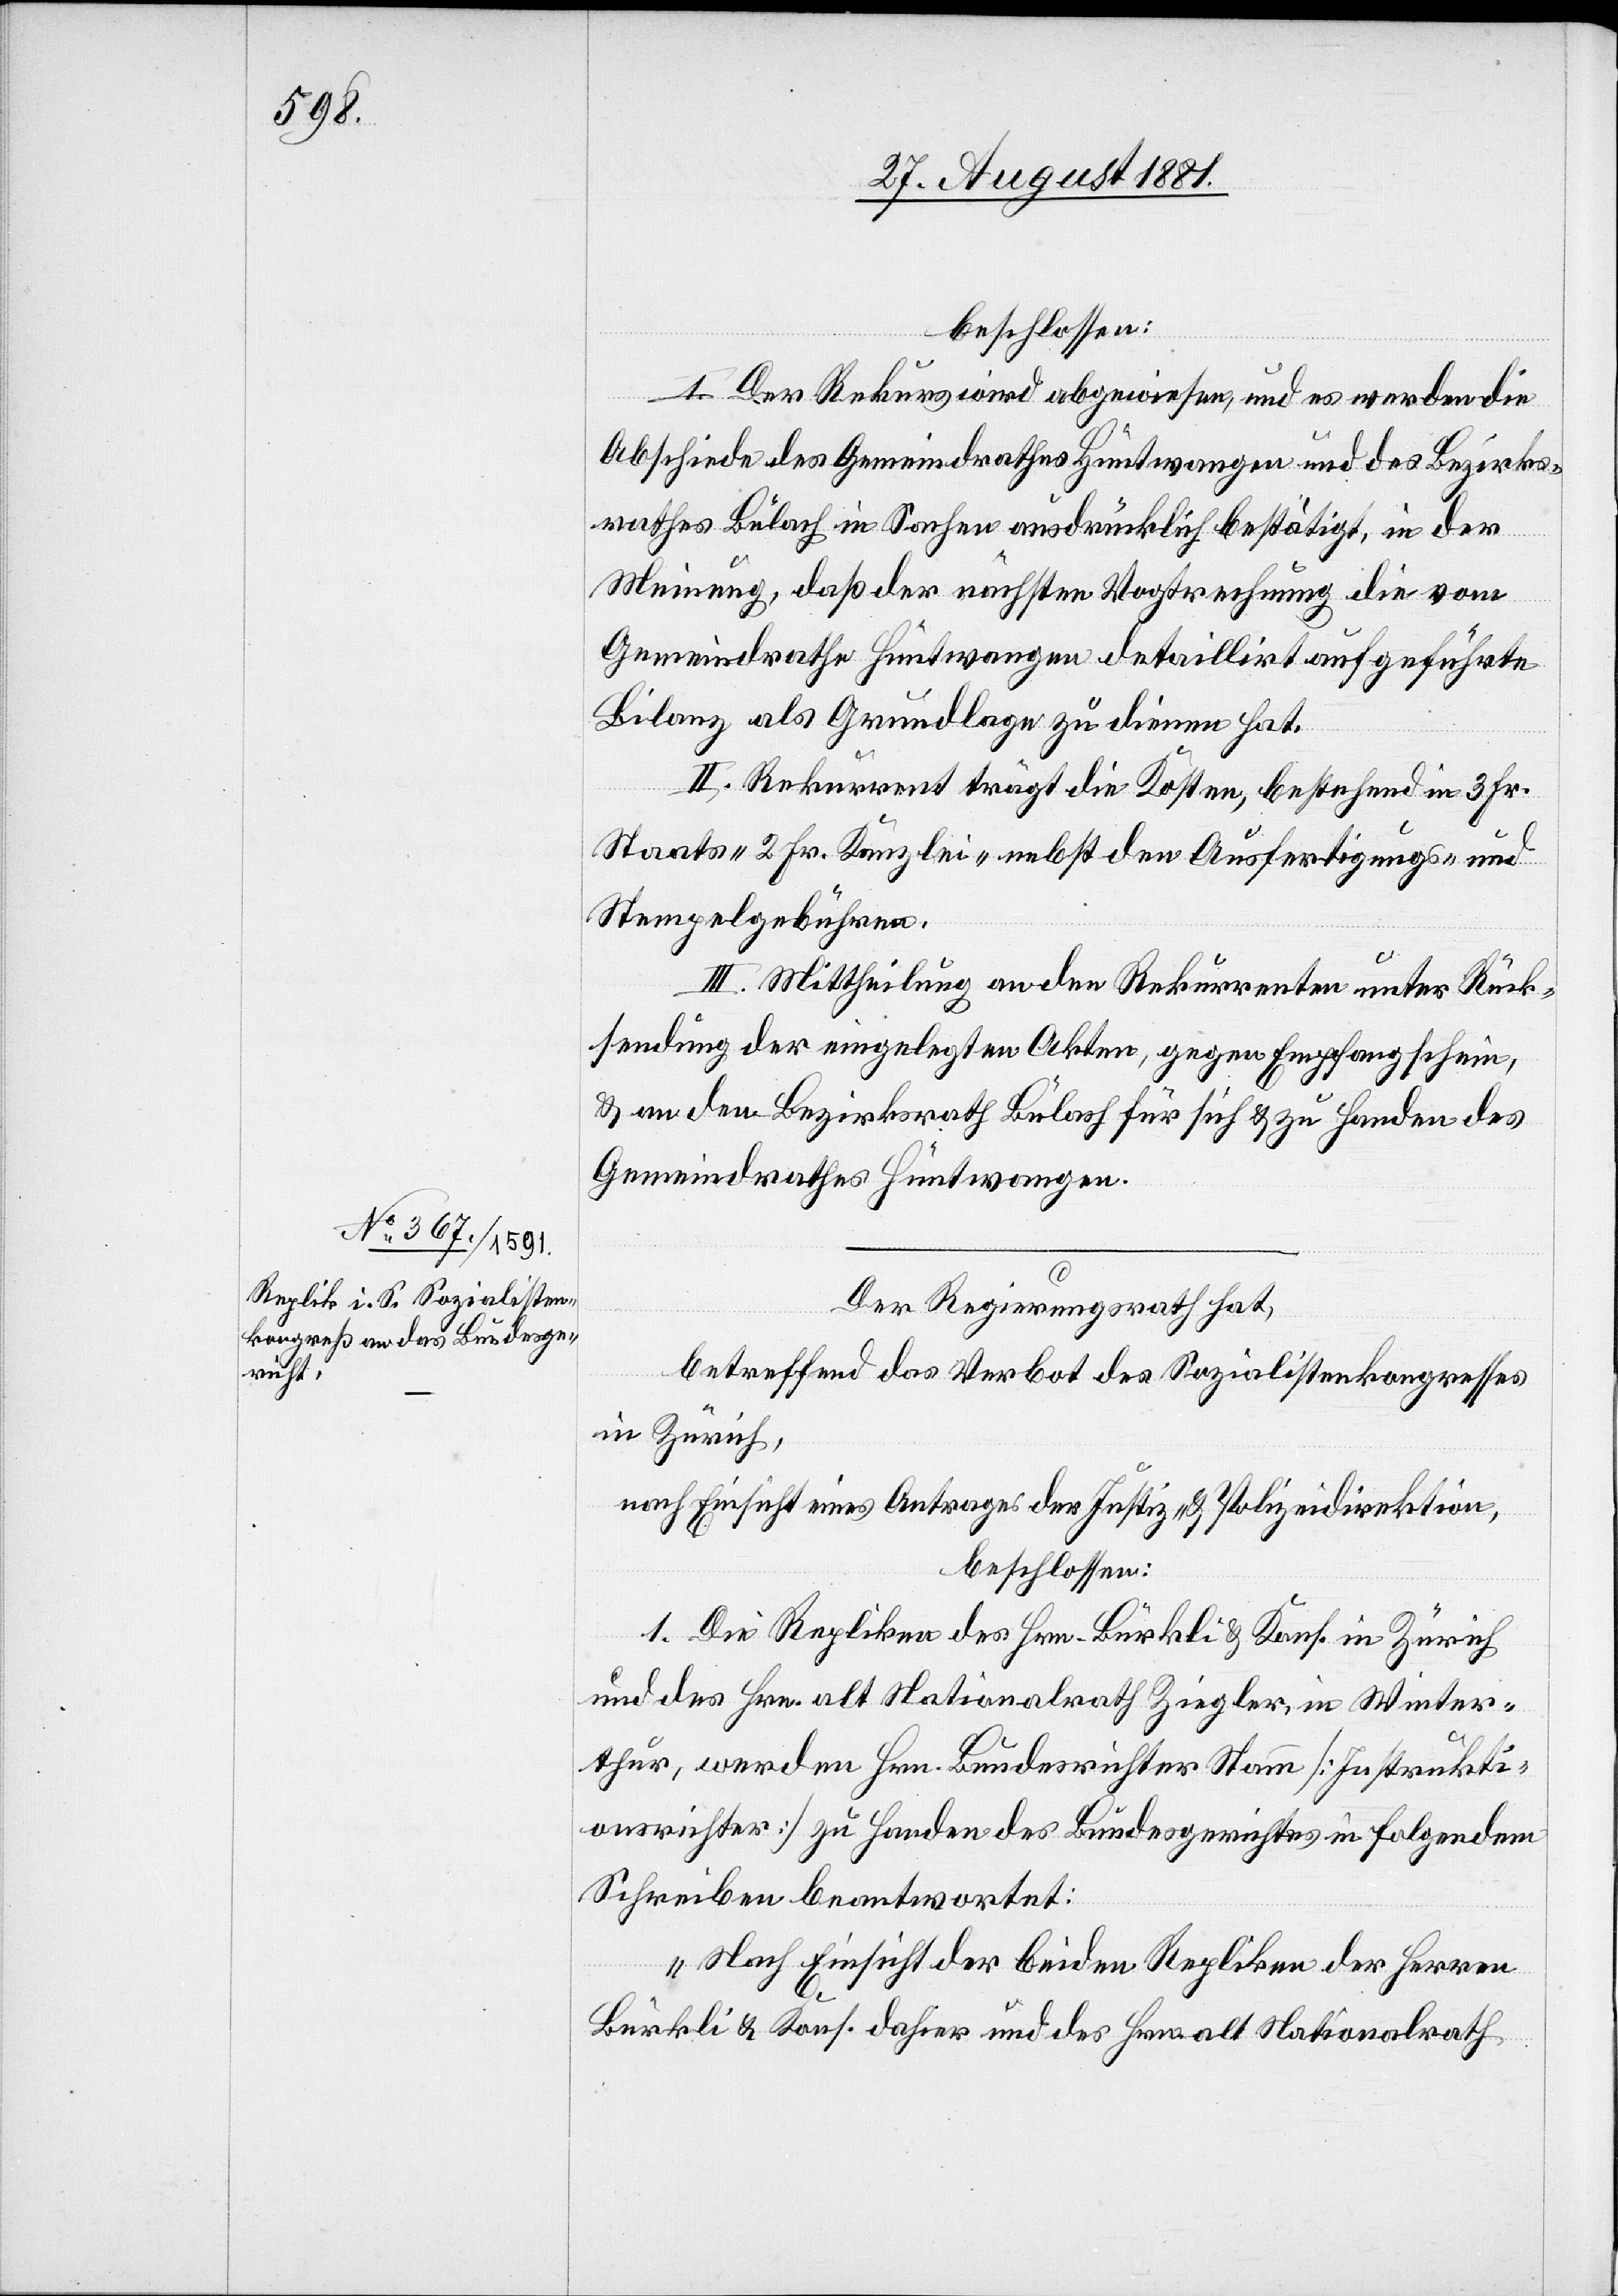
beschlossen:
I. Der Rekurs wird abgewiesen, und es werden die
Abschiede des Gemeindrathes Hüntwangen und des Bezirks¬
rathes Bülach in Sachen ausdrücklich bestätigt, in der
Meinung, daß der nächsten Vogtrechnung die vom
Gemeindrathe Hüntwangen detaillirt aufgeführte
Bilanz als Grundlage zu dienen hat.
II. Rekurrent trägt die Kosten, bestehend in 3. Fr.
Staats-, 2. Fr. Kanzlei- nebst den Ausfertigungs- &
Stempelgebühren.
III. Mittheilung an den Rekurrenten unter Rück¬
sendung der eingelegten Akten, gegen Empfangschein,
& an den Bezirksrath Bülach für sich & zu Handen des
Gemeindrathes Hüntwangen.
Der Regierungsrath hat,
betreffend das Verbot des Sozialistenkongresses
in Zürich,
nach Einsicht eines Antrages der Justiz- & Polizeidirektion,
beschlossen:
1. Die Repliken des Hrn. Bürkli & Kons. in Zürich
und des Hrn. alt Nationalrath Ziegler, in Winter¬
thur, werden Hrn. Bundesrichter Stamm [Instrukti¬
onsrichter] zu Handen des Bundesgerichtes in folgendem
Schreiben beantwortet:
„Nach Einsicht der beiden Repliken der Herren
Bürkli & Kons. dahier und des Hrn. alt Nationalrath